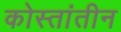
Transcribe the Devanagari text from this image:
कोस्तांतीन